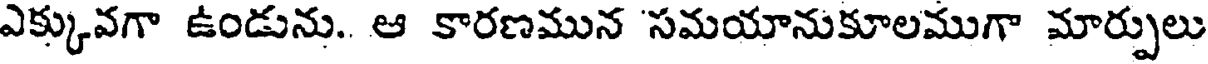
ఎక్కువగా ఉండును.. ఆ కారణమున 'సమయానుకూలముగా మార్పులు